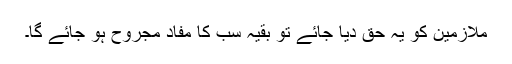
ملازمین کو یہ حق دیا جائے تو بقیہ سب کا مفاد مجروح ہو جائے گا۔